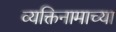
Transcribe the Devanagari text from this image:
व्यक्तिनामाच्या